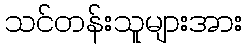
သင်တန်းသူများအား